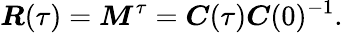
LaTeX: \boldsymbol{R}(\tau)=\boldsymbol{M}^{\tau}=\boldsymbol{C}(\tau)\boldsymbol{C}(0)^{-1}.